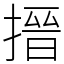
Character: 搢